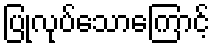
ပြုလုပ်သောကြောင့်